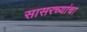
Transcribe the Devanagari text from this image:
सासरच्यांचा